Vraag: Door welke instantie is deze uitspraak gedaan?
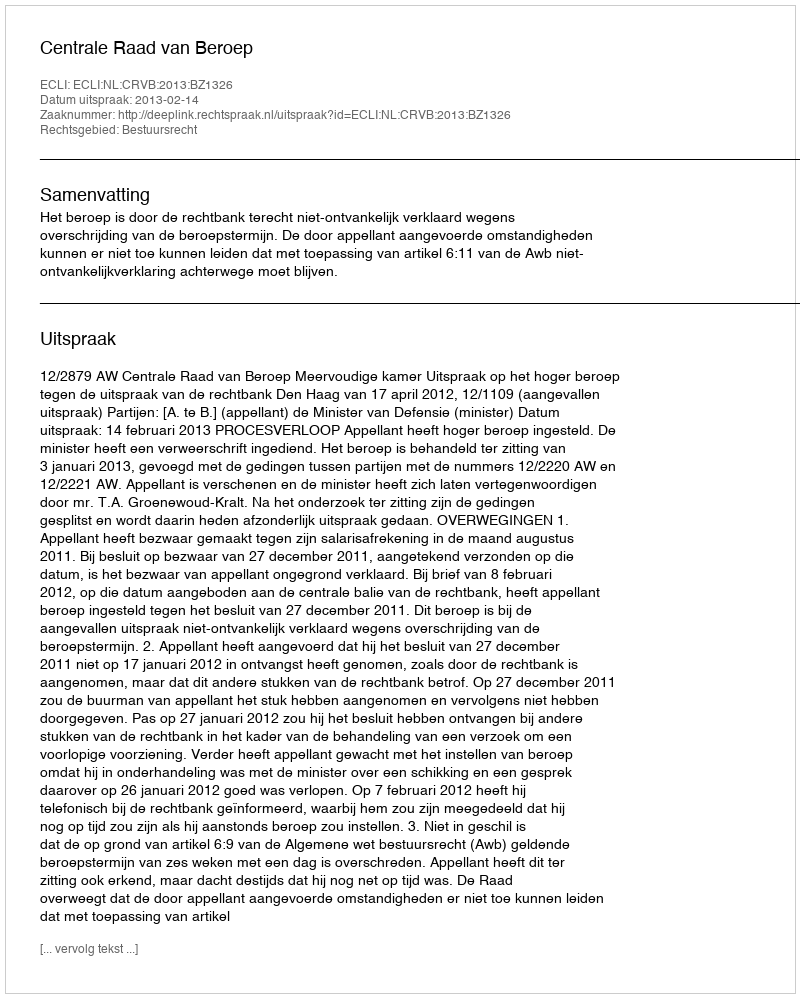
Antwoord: Centrale Raad van Beroep